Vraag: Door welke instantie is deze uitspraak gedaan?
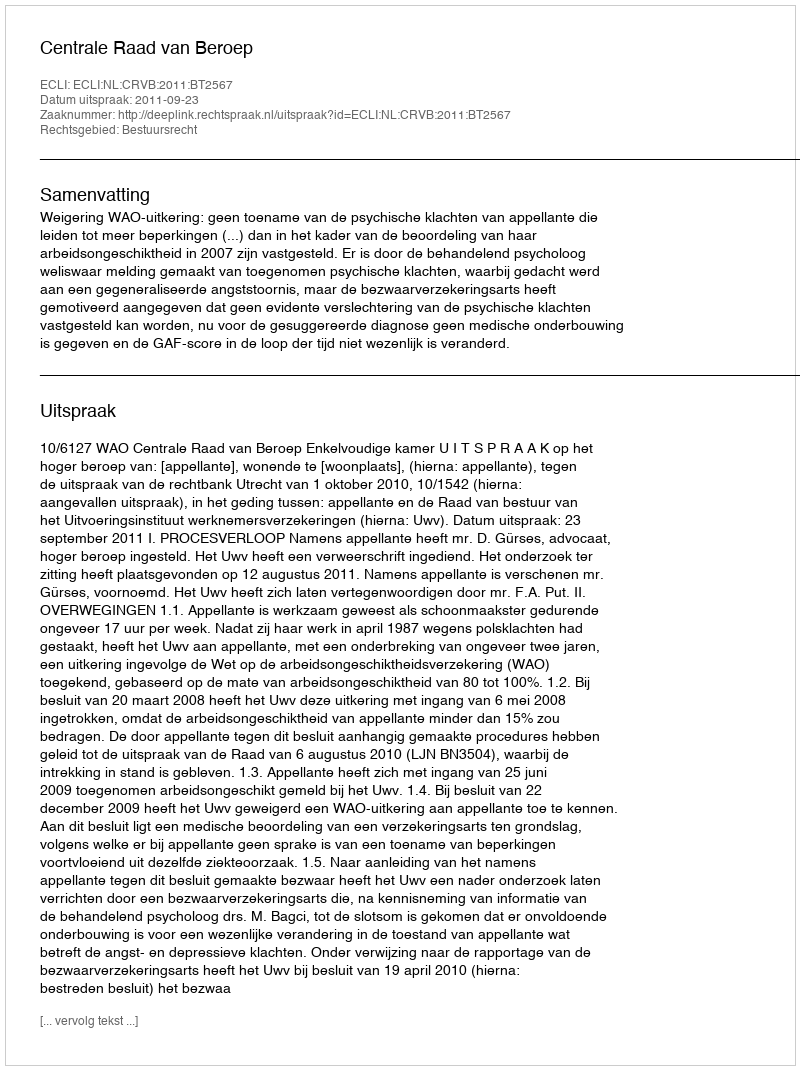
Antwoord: Centrale Raad van Beroep